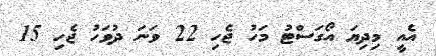
އެއީ މިދިޔަ އޯގަސްޓު މަހު ޖެހި 22 ވަނަ ދުވަހު ޖެހި 15